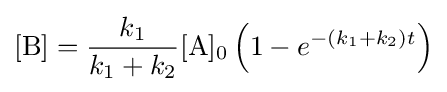
[{\ce {B}}]={\frac {k_{1}}{k_{1}+k_{2}}}{\ce {[A]0}}\left(1-e^{-(k_{1}+k_{2})t}\right)